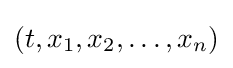
(t,x_{1},x_{2},\ldots ,x_{n})